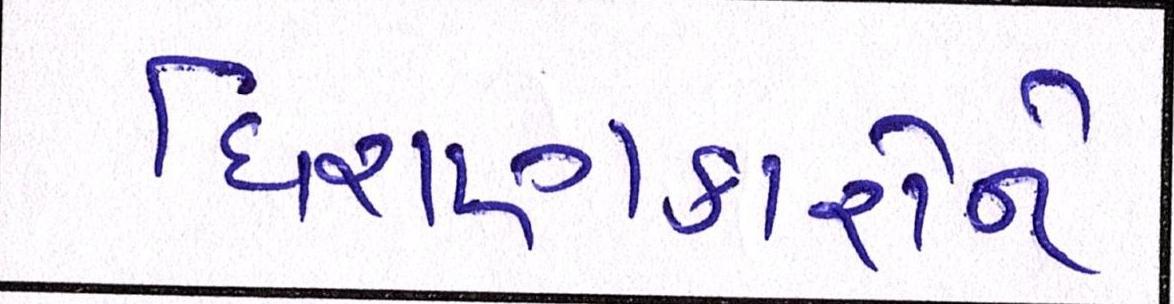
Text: ધિરાણકારોને